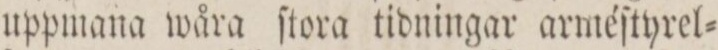
uppmana wåra ſtora tidningar arméſtyrel=